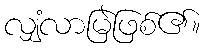
လျှံလာမြဲဖြစ်၏။